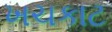
ખચકાટ